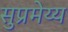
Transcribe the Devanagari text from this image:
सुप्रमेय्य